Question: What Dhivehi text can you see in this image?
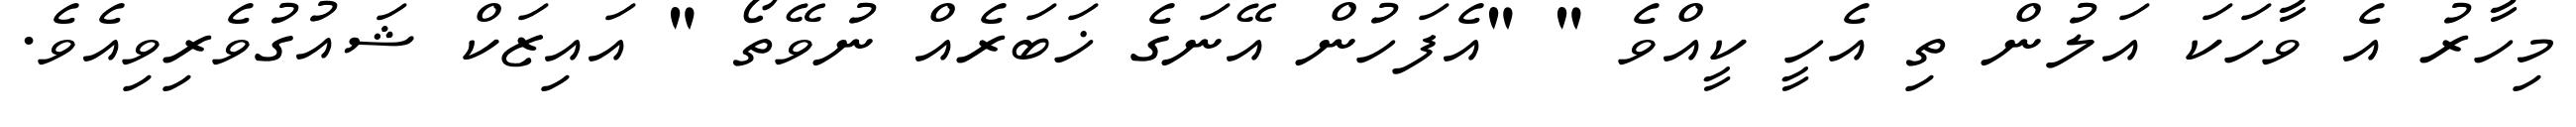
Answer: މިހާރު އެ ވާހަކަ އަލުން ތި އެހީ ކީއްވެ " "އެފަހުން އޭނަގެ ޚަބަރެއް ނުވޭތޯ " އައިޒަކް ޝައުގުވެރިވިއެވެ.